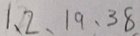
1 、 2 、 1 9 、 3 8